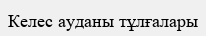
Келес ауданы тұлғалары